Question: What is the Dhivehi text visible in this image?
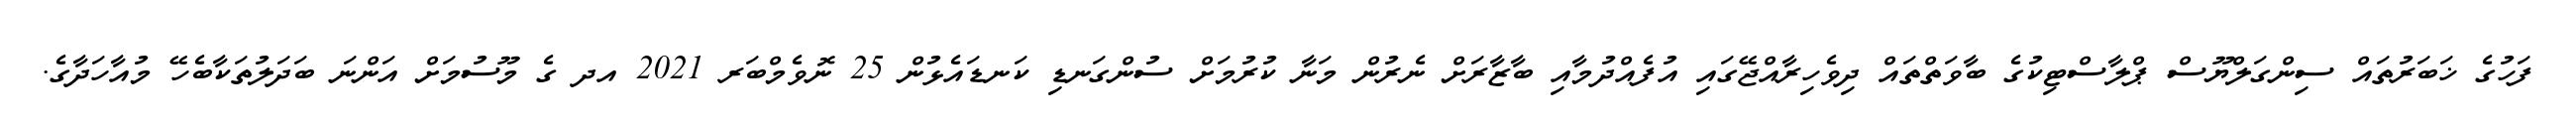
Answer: ފަހުގެ ޚަބަރުތައް ސިންގަލްޔޫސް ޕްލާސްޓިކުގެ ބާވަތްތައް ދިވެހިރާއްޖޭގައި އުފެއްދުމާއި ބާޒާރަށް ނެރުން މަނާ ކުރުމަށް ސުންގަނޑި ކަނޑައެޅުން 25 ނޮވެމްބަރ 2021 އދ ގެ މޫސުމަށް އަންނަ ބަދަލުތަކާބެހޭ މުއާހަދާގެ.